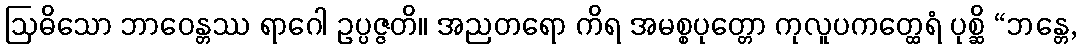
ဩဓိသော ဘာဝေန္တဿ ရာဂေါ ဥပ္ပဇ္ဇတိ။ အညတရော ကိရ အမစ္စပုတ္တော ကုလူပကတ္ထေရံ ပုစ္ဆိ “ဘန္တေ,